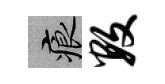
痕数